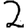
Digit: 2